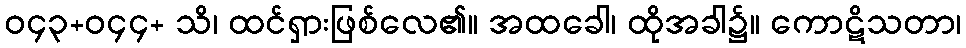
ဝ၄၃+ဝ၄၄+ သိ၊ ထင်ရှားဖြစ်လေ၏။ အထခေါ၊ ထိုအခါ၌။ ကောဋိသတာ၊